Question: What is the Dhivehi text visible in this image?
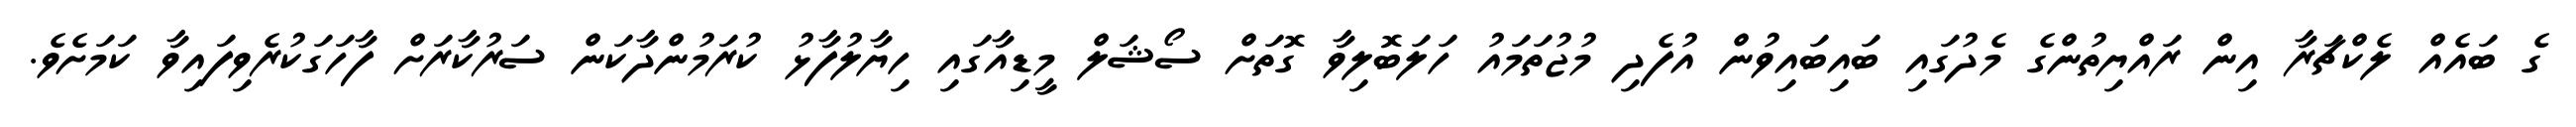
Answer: ގެ ބައެއް ލެކްޗަރާ އިން ރައްޔިތުންގެ މެދުގައި ބައިބައިވުން އުފެދި މުޖުތަމައު ހަލަބޮލިވާ ގޮތަށް ސޯޝަލް މީޑިއާގައި ހިޔާލުފާޅު ކުރަމުންދާކަން ސަރުކާރަށް ފާހަގަކުރެވިފައިވާ ކަމަށެވެ.